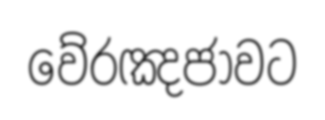
වේරඤජාවට